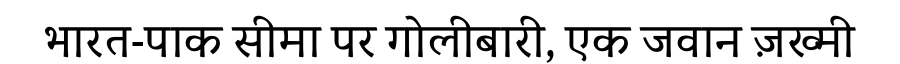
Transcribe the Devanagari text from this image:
भारत-पाक सीमा पर गोलीबारी, एक जवान ज़ख्मी